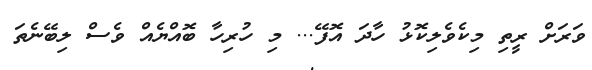
ވަރަށް ރީތި މިކެވެލިކޮޅު ހާދަ އޮފޭ... މި ހުރިހާ ބޮއްޔެއް ވެސް ލިބޭނެތަ